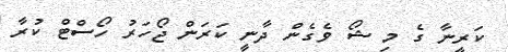
ކަރީނާ ގެ މި ޝޯ ވެގެން ދާނީ ކަރަން ޖޯހަރު ހޯސްޓް ކުރާ